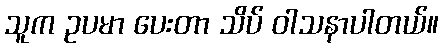
သူက ဥပမာ ပေးတာ သိပ် ဝါသနာပါတယ်။